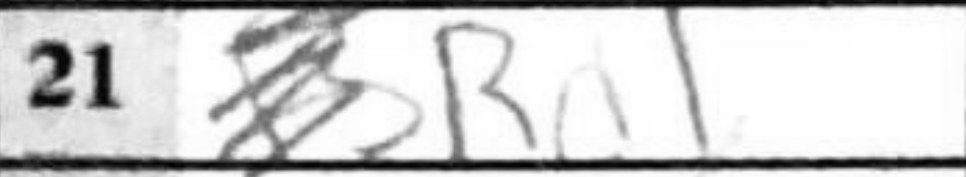
Transcription: Rad1